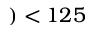
) < 1 2 5